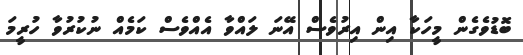
ބޮޑުވެގެން މީހަކާ އިން އިރުވެސް އޭނަ ލައްވާ އެއްވެސް ކަމެއް ނުކުރުވާ ހުރީމަ